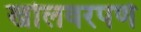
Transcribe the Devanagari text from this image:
खोलवरपणे